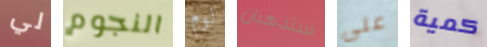
لي النجوم لوم ستذهبان على كمية